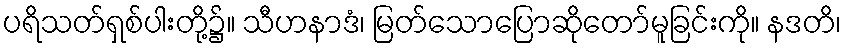
ပရိသတ်ရှစ်ပါးတို့၌။ သီဟနာဒံ၊ မြတ်သောပြောဆိုတော်မူခြင်းကို။ နဒတိ၊